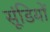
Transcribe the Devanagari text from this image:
सूंडियों